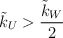
\begin{align*} \tilde{k}_U> \frac{\tilde{k}_W}{2}\end{align*}